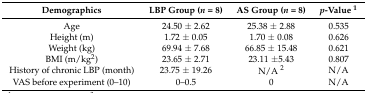
| Demographics | LBP Group (n = 8) | AS Group (n = 8) | p-Value 1 |
 | --- | --- | --- | --- |
 | Age | 24.50 ± 2.62 | 25.38 ± 2.88 | 0.535 |
 | Height (m) | 1.72 ± 0.05 | 1.70 ± 0.08 | 0.626 |
 | Weight (kg) | 69.94 ± 7.68 | 66.85 ± 15.48 | 0.621 |
 | BMI (m/kg2) | 23.65 ± 2.71 | 23.11 ±5.43 | 0.807 |
 | History of chronic LBP (month) | 23.75 ± 19.26 | N/A 2 | N/A |
 | VAS before experiment (0–10) | 0–0.5 | 0 | N/A |